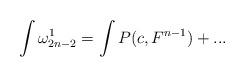
LaTeX: \begin{align*}\int\omega^{1}_{2n-2}=\int P(c,F^{n-1})+...\end{align*}